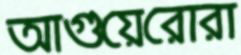
আগুয়েরোরা